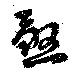
殺